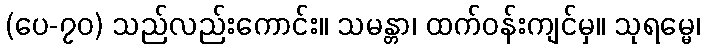
(ပေ-၇၀) သည်လည်းကောင်း။ သမန္တာ၊ ထက်ဝန်းကျင်မှ။ သုရမ္မေ၊